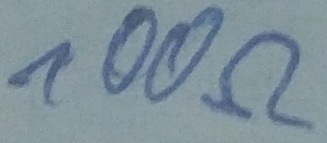
Text: 100Ω